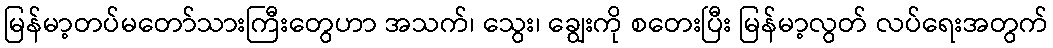
မြန်မာ့တပ်မတော်သားကြီးတွေဟာ အသက်၊ သွေး၊ ချွေးကို စတေးပြီး မြန်မာ့လွတ် လပ်ရေးအတွက်